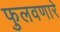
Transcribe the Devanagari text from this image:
फुलवणारे